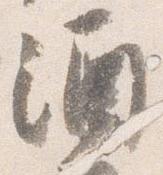
酒